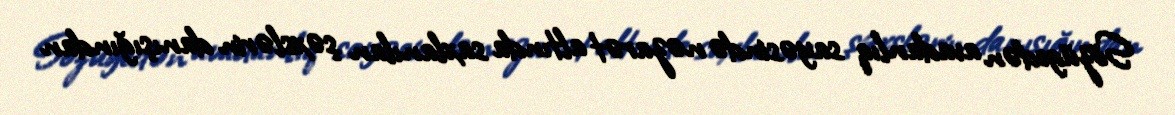
Sözügedən avadanlıq sayəsində nəzarət altında saxlanılan şəxslərin danışığından